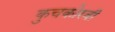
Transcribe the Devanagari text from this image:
कुचकोरवी